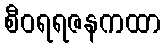
စီဝရရဇနကထာ